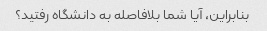
بنابراین، آیا شما بلافاصله به دانشگاه رفتید؟